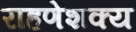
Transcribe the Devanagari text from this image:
राहणेशक्य